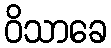
ဝိသာခေ